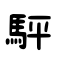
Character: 駍